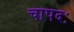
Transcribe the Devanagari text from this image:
चापदः